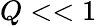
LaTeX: Q<<1